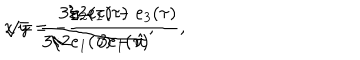
{ \displaystyle x = \frac { 3 / 2 e _ { 1 } ( \tau ) } { 3 / 2 e _ { 1 } ( \tau ) - \hat { u } } , } \hspace { 1 c m } { \displaystyle \sqrt { y } = - \frac { e _ { 2 } ( \tau ) - e _ { 3 } ( \tau ) } { 3 e _ { 1 } ( \tau ) } , }